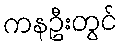
ကနဦးတွင်